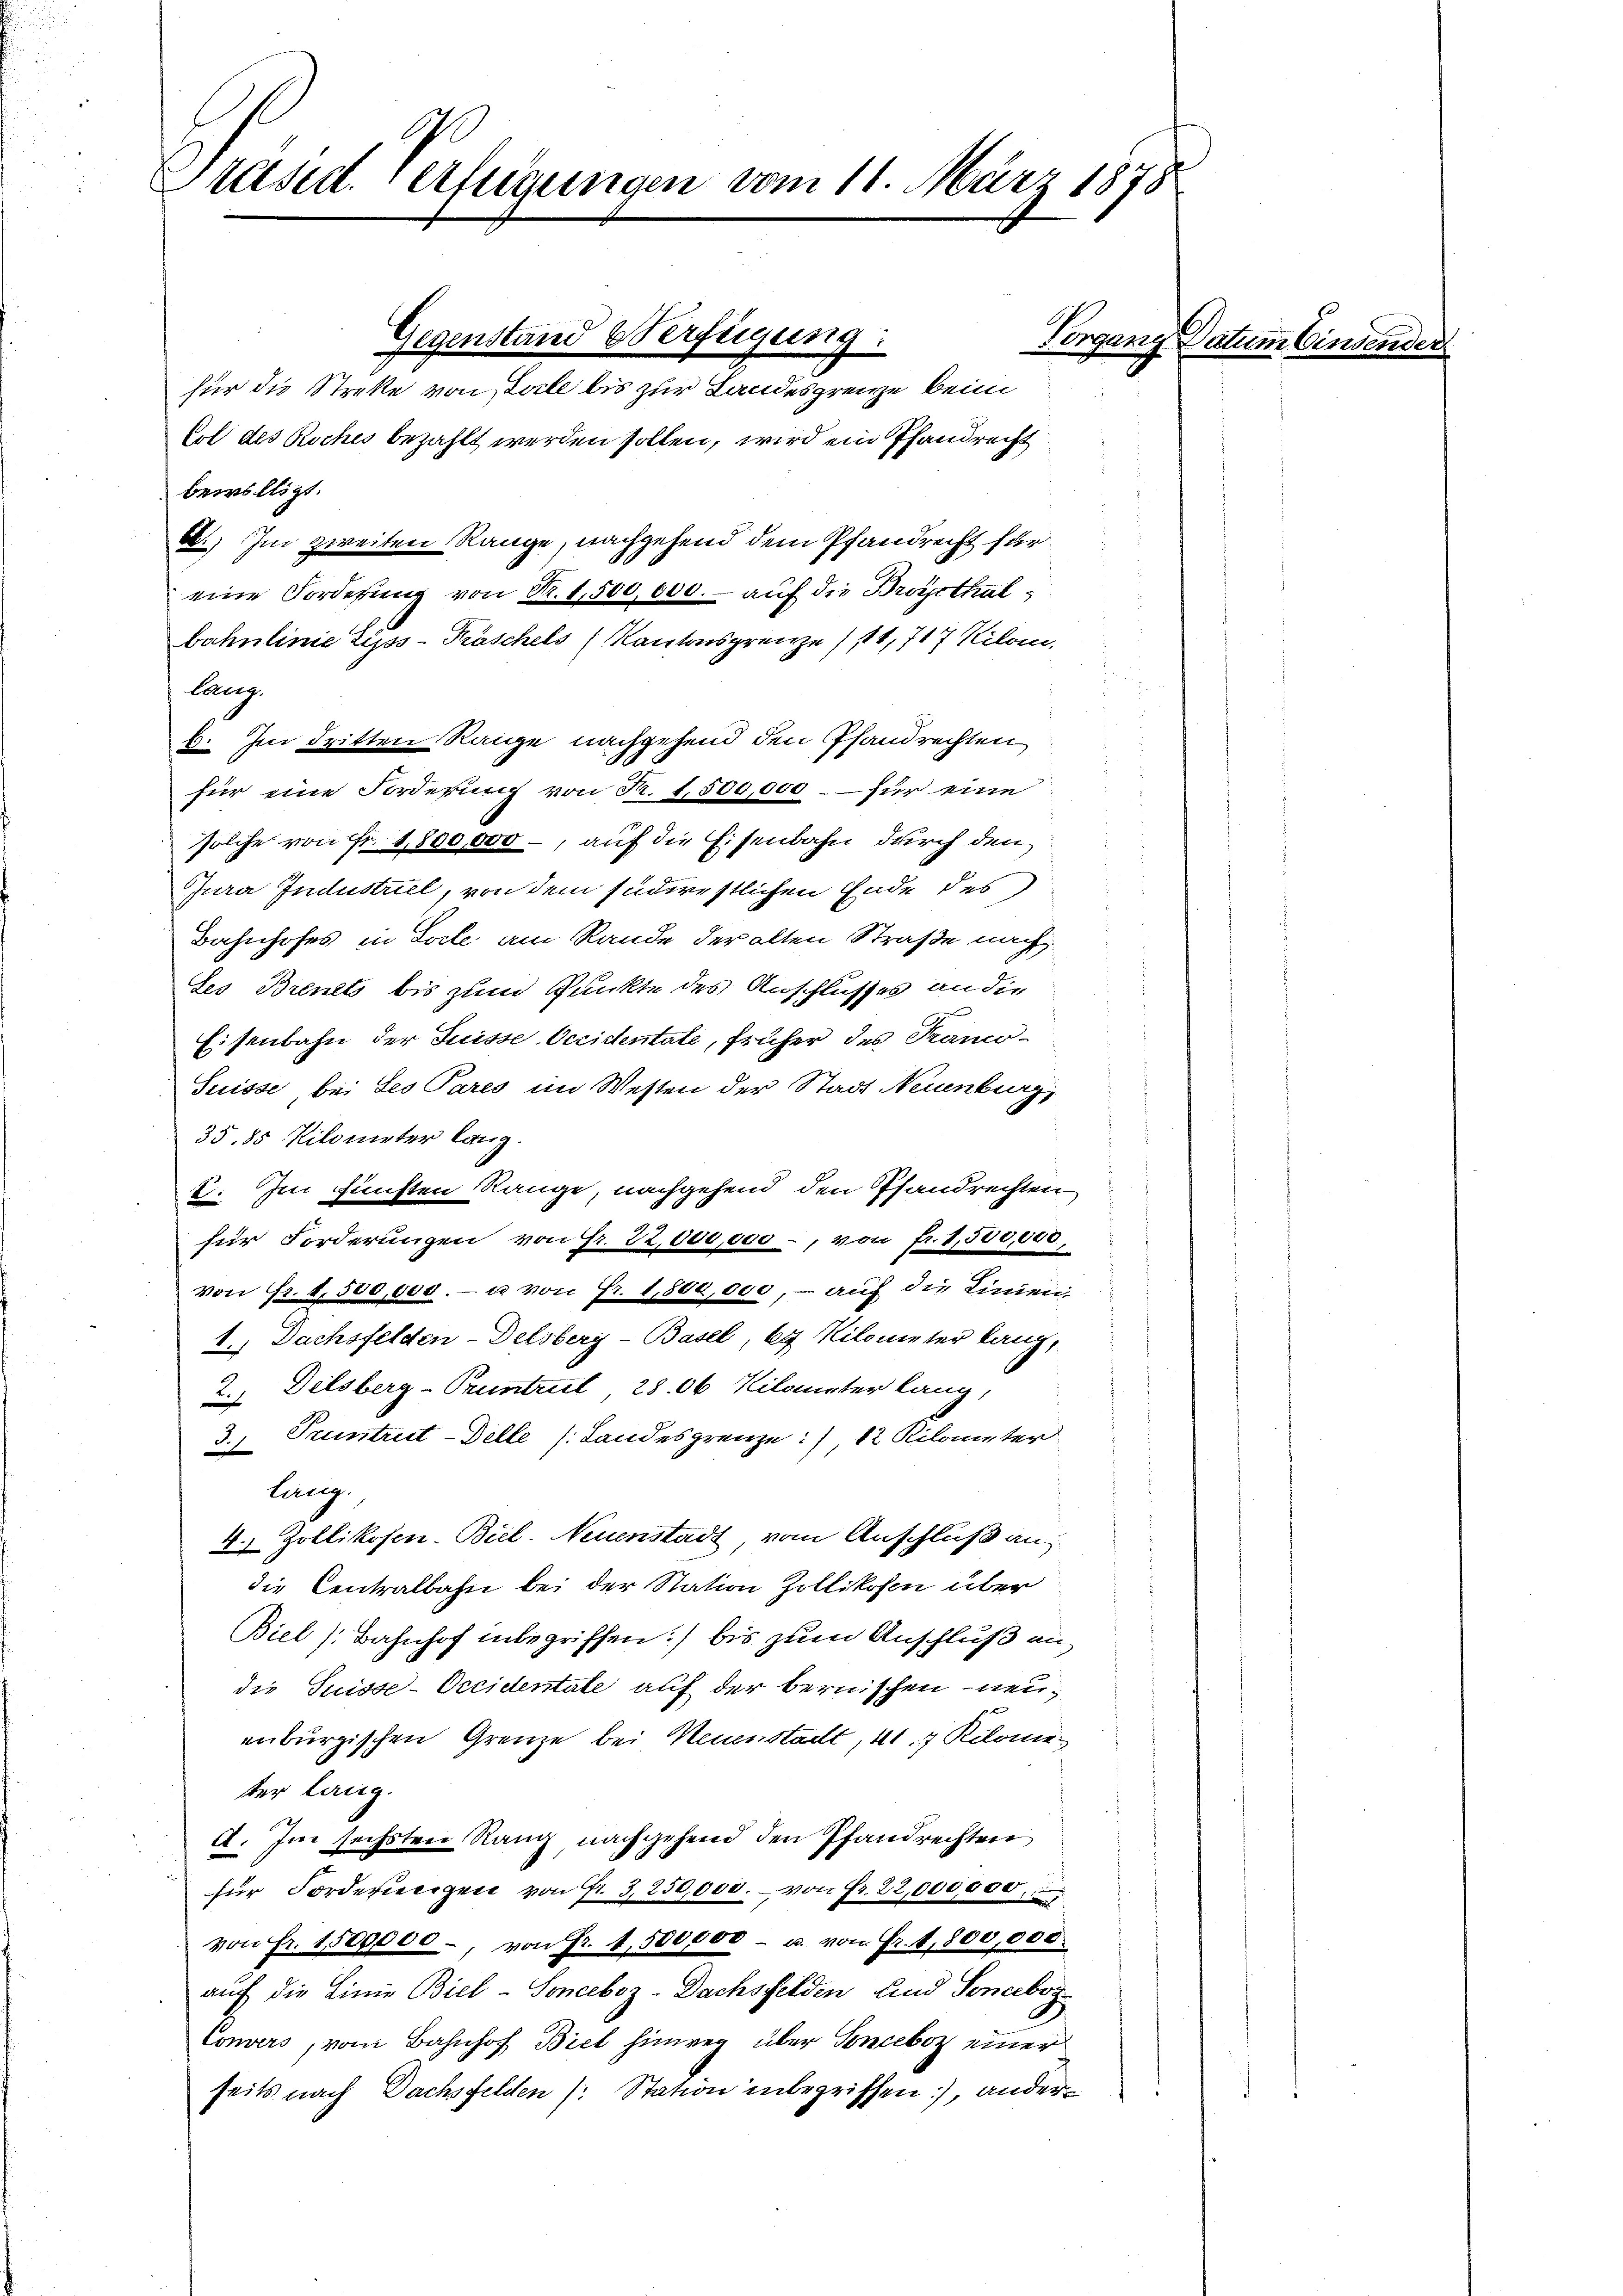
Preise. Verfügungen vom 11. März 1878

Gegenstand Verfügung:
d

Som

für die Strette von Bale bis zur Landesgrenze beim
Col des Roches bezahlt werden sollen, wird ein Pfandrecht
bewilligt.
B.) Im zweiten Range, nachgehend dem Pfandrecht für
eine Forderung von Nr. 1,500,000. - auf die Broysthalbahnlinie Lipss-Kräschels (Kantonsgrenze /11, 717 Kilom
Caug.
b. Im dritten Range nachgehend den Pfandrechten
für eine Forderung von Fr. 1,500,000 – – für eine
solche von Fr. 1,800,000 -, auf die Eisenbahn durch den
Jura Industriel, von dem suderestlichen Ende des
Bahnhofes in Solle am Rande der alten Straße nach
des Brents bis zum Punkte des Anschlusses an die
Eisenbahn der Juisse Occidentate, früher des Franco¬
Suisse bei Ses Pares im Westen der Stadt Neuenburg,
35,85 Kilometer lang.
E. Im fünften Range, nachgehend den Pfandrechten
für Forderungen von Fr. 22,000,000, von fr. 1,500,000,
von Fr. 1,500,000.- u. von Fr. 1,800,000, – auf die Linien-
1., Dachsfelden-Delsberg-Basel, 67 Kilometer lang,
Delsberg-Pruntrul, 28. 06 Kilometer lang,
u
Pruntrut-Delle (Landesgrenze:), 12 Kilometer
2
Lang.
4 Zollikofen-Biel. Neuenstadt vom Anschluß an
die Centralbahn bei der Station Zollikofen über
Biel Bahnhof inbegriffen:) bis zum Anschluß andie Suisse-Occidentate auf der bernischen neuenburgischen Grenze bei Neuenstadt, 41. 7 Kilometer Lang.
A. Im sechsten Rang nachgehend den Pfandrechten
für Forderweigen von fr. 3, 250,000. – von Fr. 22,000,000
von Fr. 1500,000., von Fr. 1,500000 - u. von Fr. 1,800,000.
auf die Linie Biel-Sonceboz-Dachsfelden und Sonebog
Convers, vom Bahnhof Biel hinweg über Sonceboz einer
seits nach Dachsfelden (: Station inbegriffen, ander¬

erde.